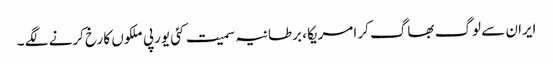
ایران سے لوگ بھاگ کر امریکا ، برطانیہ سمیت کئی یورپی ملکوں کا رخ کرنے لگے ۔